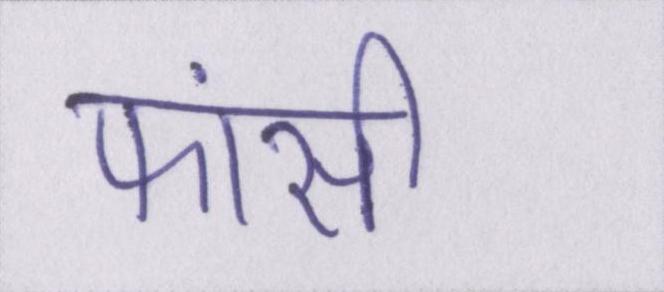
फांसी